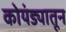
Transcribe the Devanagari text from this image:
कोयंड्यातून